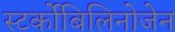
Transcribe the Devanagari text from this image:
स्‍टर्कोबिलिनोजेन